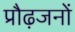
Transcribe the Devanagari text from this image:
प्रौढ़जनों